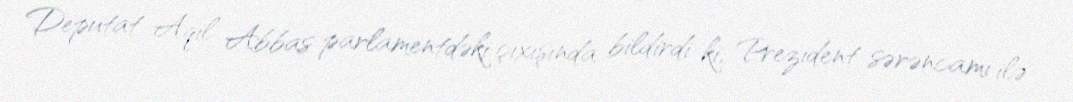
Deputat Aqil Abbas parlamentdəki çıxışında bildirdi ki, Prezident sərəncamı ilə